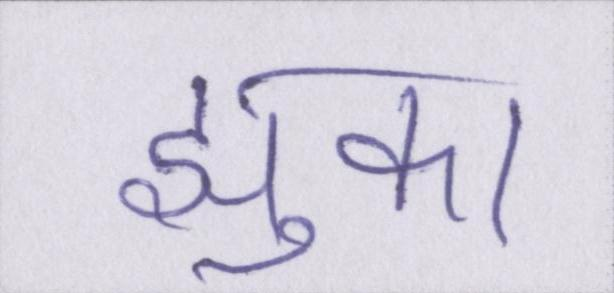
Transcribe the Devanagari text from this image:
झुका